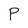
Character: P